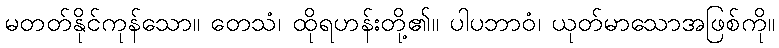
မတတ်နိုင်ကုန်သော။ တေသံ၊ ထိုရဟန်းတို့၏။ ပါပဘာဝံ၊ ယုတ်မာသောအဖြစ်ကို။